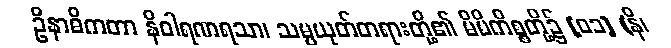
ဦနာဓိကတာ နိဝါရဏရသာ၊ သမ္ပယုတ်တရားတို့၏ မိမိကိစ္စတို့၌ [၀၁] (နိ၊